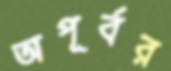
অপূর্বর